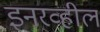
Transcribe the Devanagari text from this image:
इनरव्हील